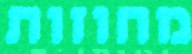
מחוזות